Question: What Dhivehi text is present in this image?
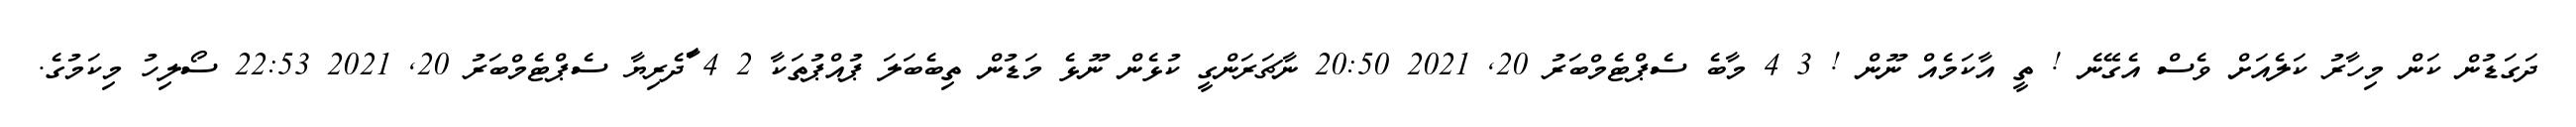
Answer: ދަގަޑުން ކަން މިހާރު ކަލެއަށް ވެސް އެގޭނެ ! ތީ އާކަމެއް ނޫން ! 3 4 މާބެ ސެޕްޓެމްބަރު 20, 2021 20:50 ނާޗަރަންގީ ކުޅެން ނޫޅެ މަޑުން ތިބެބަލަ ޕުއްޕުތަކާ 2 4 ާަދެރިޔާ ސެޕްޓެމްބަރު 20, 2021 22:53 ސޯލިހު މިކަމުގެ.